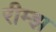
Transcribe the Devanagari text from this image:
रीम्झ